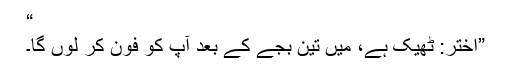
“
”اختر: ٹھیک ہے، میں تین بجے کے بعد آپ کو فون کر لوں گا۔